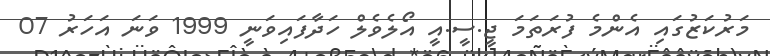
މަރުކަޒުގައި އެންމެ ފުރަތަމަ ޖީ.ސީ.އީ އޯލެވެލް ހަދާފައިވަނީ 1999 ވަނަ އަހަރު 07